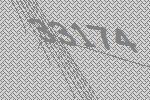
33174